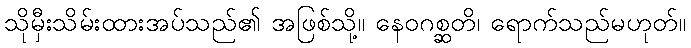
သိုမှီးသိမ်းထားအပ်သည်၏ အဖြစ်သို့။ နေဝဂစ္ဆတိ၊ ရောက်သည်မဟုတ်။